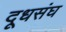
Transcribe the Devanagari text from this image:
दूधसंघ